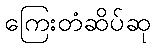
ကြေးတံဆိပ်ဆု